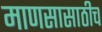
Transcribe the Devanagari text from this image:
माणसासाठीच